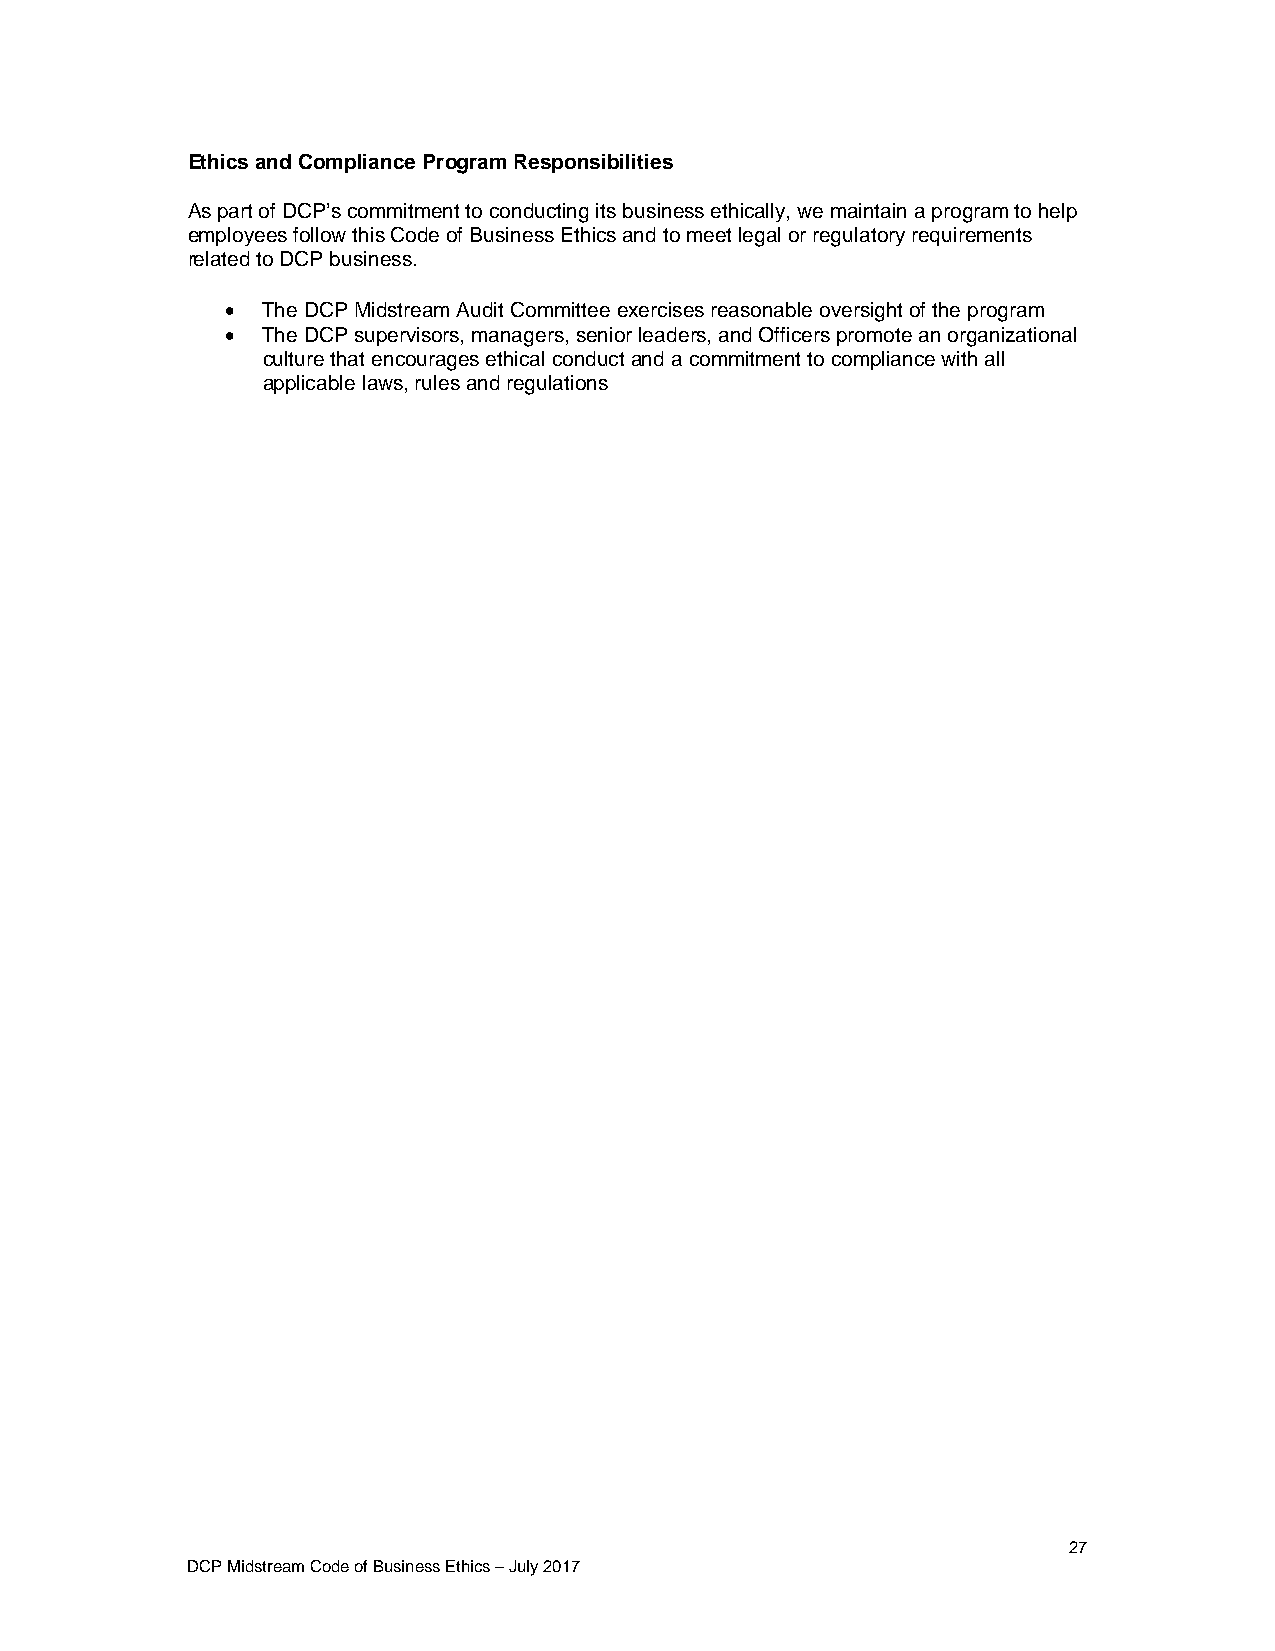
Ethics and Compliance Program Responsibilities
 As part of DCP’s commitment to conducting its business ethically, we maintain a program to help
 employees follow this Code of Business Ethics and to meet legal or regulatory requirements
 related to DCP business.
  The DCP Midstream Audit Committee exercises reasonable oversight of the program
  The DCP supervisors, managers, senior leaders, and Officers promote an organizational
 culture that encourages ethical conduct and a commitment to compliance with all
 applicable laws, rules and regulations
 27
 DCP Midstream Code of Business Ethics – July 2017